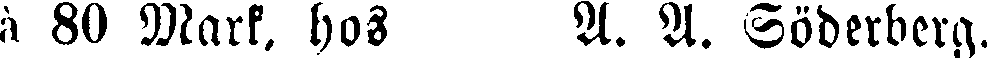
à 80 Mark, hos A. A. Söderberg.